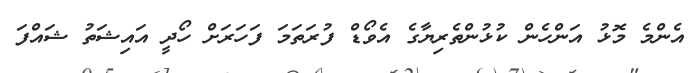
އެންމެ މޮޅު އަންހެން ކުޅުންތެރިޔާގެ އެވޯޑް ފުރަތަމަ ފަހަރަށް ހޯދީ އައިޝަތު ޝައްފަ